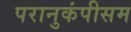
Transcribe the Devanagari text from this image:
परानुकंपीसम